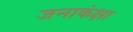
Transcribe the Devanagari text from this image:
जनाकंक्षा